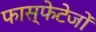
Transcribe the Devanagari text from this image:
फास्फेटेजों